Civil Veterinary Dept. Assam report 1911-1927 - 1911-1927
Year: 1911
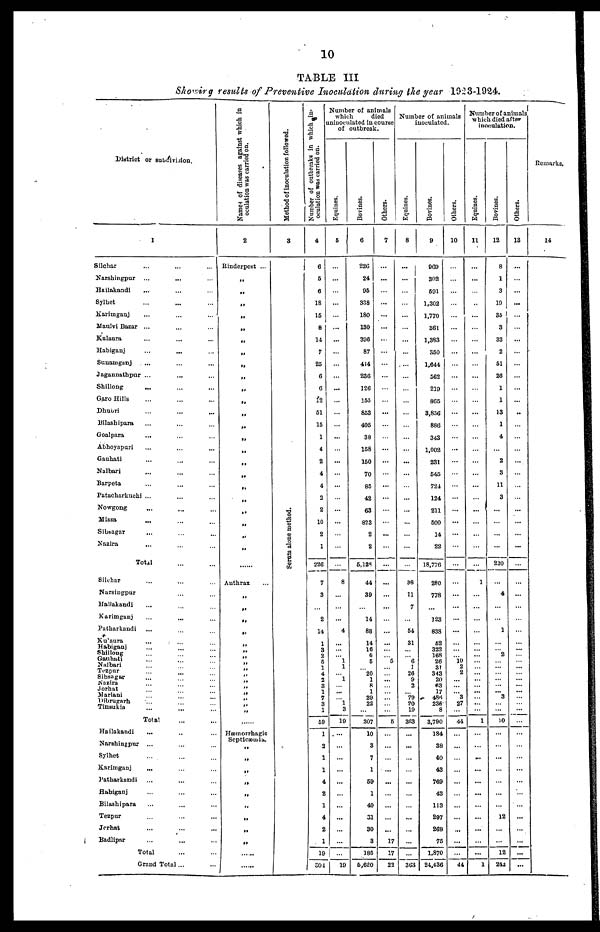
10
TABLE III
Showing results of Preventive Inoculation during the year 1923-1924.
District or subdivision.
1
Silchar ... ... ...
Narshingpur ... ... ...
Hailakandi ... ... ...
Sylhet ... ... ...
Karimganj
...
...
...
Maulvi Bazar... ... ... ...
Kulaura ... ... ...
Habiganj
...
...
Sunamganj... ... ...
Jagannathpur . . . . . . . . . ...
Shillong ... ... ...
Garo Hills ... ... ...
Dhubri ... ... ...
Bilashipara ... ... ...
Goalpara ... ... ...
Abhoyapuri ... ... ...
Gauhati ... ... ...
Nalbari ... ... ...
Barpeta ... ... ...
Patacharkuchi . ... ... .....
Nowgong ... ... ...
Missa ... ... ... ...
Sibsagar ... ... ...
Nazira ... ... ...
Total ... ... ...
Silchar ... ... ...
Narsingpur ... ... ...
Hailakandi ... ... ...
Karimganj ... ... ...
Patharkandi ... ... ...
Kuaura ... ... ...
Habiganj ... ... ...
Shillong ... ... ...
Gauhati ... ... ...
Nalbari ... ... ...
Tezpur
...
...
...
Sibsagar
...
...
...
Nazira
...
...
...
Jorhat
...
...
...
Mariani ... ... ...
Dibrugarh ... ... ...
Tinsukia ... ... ...
Total ... ...
Hailakandi ... ... ...
Narshingpur ... ... ... ... ... ...
Sylhet ... ... ...
Karimganj
... ... ... ...
Patharkandi ... ... ...
Habiganj ... ... ...
Bilashipara ... ... ...
Tezpur ... ... ...
Jorhat ... ... ...
Badlipar ... ... ...
Total ... ... ...
Grand Total ... ...
Names
of diseases against which in
oculation was carried on.
2
Rinderpest ...
„
„
„
„
„
„
„
„
„
„
„
„
„
„
„
„
„
„
„
„
„
„
„
„
...
Anthrax ...
„
„
„
„
„
„
„
„
„
„
„
„
„
„
„
....
Hæmorrhagic
Septicæmia.
„
„
„
„
„
„
„
„
....
.....
Method of inoculation followed.
3
Serum alone method.
Number of outbreaks in which in-
oculation was carried on.
4
6
5
6
18
15
8
14
7
25
6
6
12
51
15
1
4
2
4
4
2
2
10
2
1
226
7
3
...
2
14
1
3
2
5
1
4
2
3
1
7
3
1
59
1
2
1
1
4
2
1
4
2
1
19
304
Number of animals
which
died
uninoculated in course
of outbreak.
Equines.
5
...
...
...
...
...
...
...
...
...
...
...
...
...
...
...
...
...
...
...
...
...
...
...
...
...
8
...
...
...
4
...
...
...
1
1
...
...
...
...
...
...
19
...
...
...
...
...
...
...
...
...
...
...
19
Bovines.
6
226
24
95
338
180
130
396
87
414
236
126
155
853
405
38
158
150
70
85
42
63
323
2
2
5,128
44
39
...
14
88
14
16
6
5
20
1
8
1
29
22
307
10
3
7
1
59
1
40
31
30
3
185
5,620
Others.
7
...
...
...
...
...
...
...
...
...
...
...
...
...
...
...
...
...
...
...
...
...
...
...
...
...
...
....
...
...
...
...
...
...
..
. 5
...
...
...
...
...
...
5
...
...
...
...
...
...
...
...
...
17
17
23
Number of animals
inoculated.
Equines.
8
...
...
...
...
...
...
...
...
...
...
...
...
...
...
...
...
...
...
...
...
...
...
...
...
...
98
11
7
...
54
31
...
... 6
1
26
9
2
...
79
20
19
363
...
...
...
...
...
...
...
...
...
...
...
363
Bovines.
9
969
302
591
1,302
1,770
361
1,383
350
1,644
562
219
865
3,856
886
343
1,002
231
545
724
124
211
500
14
22
18,776
280
778
...
123
838
52
322
168
26
31
343
20
63
17
486
236
8
3,790
184
38
40
43
769
43
113
297
268
75
1,870
24,436
Others.
10
...
...
...
...
...
...
...
...
...
...
...
...
...
...
...
...
...
...
...
...
...
...
...
...
...
...
...
...
...
...
...
...
...
10
2
2
...
...
...
3
27
....
44
...
...
...
...
...
...
...
...
...
...
...
44
Number of animals
which died after
inoculation.
Equines.
11
...
...
...
...
...
...
...
...
...
...
...
...
...
...
...
...
...
...
...
...
...
...
...
...
...
1
...
...
...
...
...
...
...
...
...
...
...
...
...
1
...
...
...
...
...
...
...
...
...
...
...
1
Bovines.
12
8
1
3
10
35
3
33
2
51
26
1
1
13
1
4
...
2
3
11
3
...
...
...
...
220
4
...
...
1
...
...
2
...
...
...
...
3
...
...
10
...
...
...
...
...
...
...
12
...
...
12
212
Others.
13
...
...
...
...
...
...
...
...
...
...
...
...
..
...
...
...
...
...
...
...
...
...
...
...
...
...
...
...
...
...
...
...
...
...
...
...
...
...
...
...
...
...
...
...
...
...
...
...
...
...
...
Remarks.
14